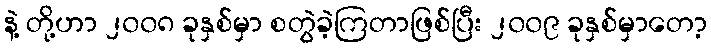
နဲ့ တို့ဟာ ၂၀၀၈ ခုနှစ်မှာ စတွဲခဲ့ကြတာဖြစ်ပြီး ၂၀၀၉ ခုနှစ်မှာတော့